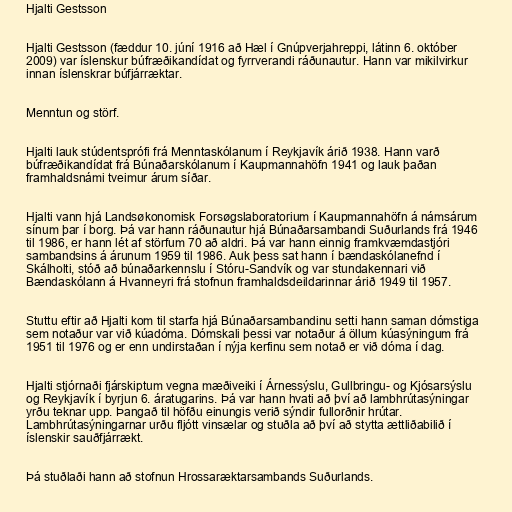
Hjalti Gestsson

Hjalti Gestsson (fæddur 10. júní 1916 að Hæl í Gnúpverjahreppi, látinn 6. október
2009) var íslenskur búfræðikandídat og fyrrverandi ráðunautur. Hann var mikilvirkur
innan íslenskrar búfjárræktar.

Menntun og störf.

Hjalti lauk stúdentsprófi frá Menntaskólanum í Reykjavík árið 1938. Hann varð
búfræðikandídat frá Búnaðarskólanum í Kaupmannahöfn 1941 og lauk þaðan
framhaldsnámi tveimur árum síðar.

Hjalti vann hjá Landsøkonomisk Forsøgslaboratorium í Kaupmannahöfn á námsárum
sínum þar í borg. Þá var hann ráðunautur hjá Búnaðarsambandi Suðurlands frá 1946
til 1986, er hann lét af störfum 70 að aldri. Þá var hann einnig framkvæmdastjóri
sambandsins á árunum 1959 til 1986. Auk þess sat hann í bændaskólanefnd í
Skálholti, stóð að búnaðarkennslu í Stóru-Sandvík og var stundakennari við
Bændaskólann á Hvanneyri frá stofnun framhaldsdeildarinnar árið 1949 til 1957.

Stuttu eftir að Hjalti kom til starfa hjá Búnaðarsambandinu setti hann saman dómstiga
sem notaður var við kúadóma. Dómskali þessi var notaður á öllum kúasýningum frá
1951 til 1976 og er enn undirstaðan í nýja kerfinu sem notað er við dóma í dag.

Hjalti stjórnaði fjárskiptum vegna mæðiveiki í Árnessýslu, Gullbringu- og Kjósarsýslu
og Reykjavík í byrjun 6. áratugarins. Þá var hann hvati að því að lambhrútasýningar
yrðu teknar upp. Þangað til höfðu einungis verið sýndir fullorðnir hrútar.
Lambhrútasýningarnar urðu fljótt vinsælar og stuðla að því að stytta ættliðabilið í
íslenskir sauðfjárrækt.

Þá stuðlaði hann að stofnun Hrossaræktarsambands Suðurlands.